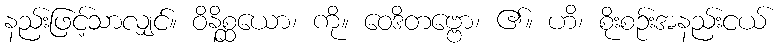
နည်းဖြင့်သာလျှင်။ ဝိနိစ္ဆယော၊ ကို။ ဝေဒိတဗ္ဗော၊ ၏။ ဟိ၊ စိုးစဉ်းအနည်းငယ်